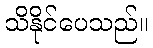
သိနိုင်ပေသည်။